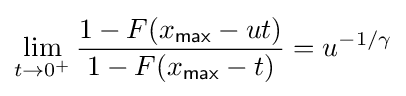
\lim _{t\rightarrow 0^{+}}{\frac {1-F(x_{\mathsf {max}}-ut)}{1-F(x_{\mathsf {max}}-t)}}=u^{-1/\gamma }